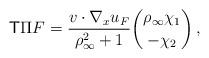
LaTeX: \begin{align*} \mathsf{T}\Pi F =\frac{v\cdot\nabla_x u_F}{\rho_\infty^2 + 1} \binom{\rho_\infty \chi_1}{-\chi_2} \,,\end{align*}